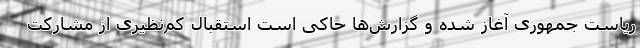
ریاست جمهوری آغاز شده و گزارش‌ها حاکی است استقبال کم‌نظیری از مشارکت